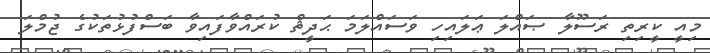
މިއީ ކީރިތި ރަސޫލާ ޞައްލަ ޢަލައިހި ވަސައްލަމަ ޙަދީޘް ކުރައްވާފައިވާ ބަސްފުޅުތަކުގެ ޖުމްލަ